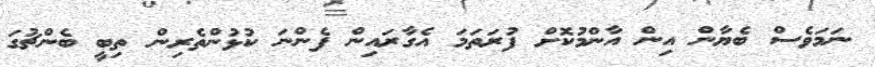
ނަމަވެސް ބެޔާން އިން އާންމުކޮށް ފުރަތަމަ އެގާރައިން ފެންނަ ކުޅުންތެރިން ތިބީ ބެންޗުގަ